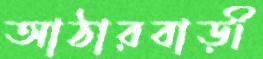
আঠারবাড়ী